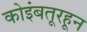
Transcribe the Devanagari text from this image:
कोइंबतूरहून